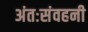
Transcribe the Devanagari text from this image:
अंतःसंवहनी